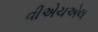
વીએચએલ